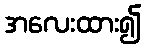
အလေးထား၍